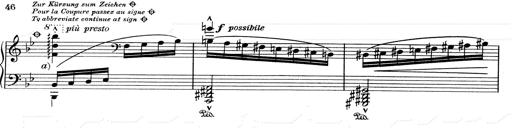
Title: RÃ©miniscences de Don Juan
Composer: Franz Liszt